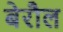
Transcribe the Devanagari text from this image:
बेरौल